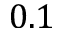
0 . 1